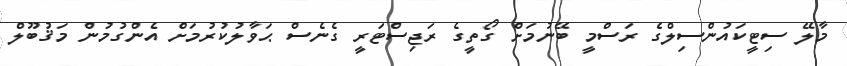
މާލޭ ސިޓީކައުންސިލްގެ ރަސްމީ ބޭނުމަށް ގޯތީގެ ރަޖިސްޓަރީ ގެނެސް ޙަވާލުކުރުމަށް އެންގުމުން މަޤުބޫލް